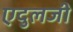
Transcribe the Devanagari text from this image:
एदुलजी